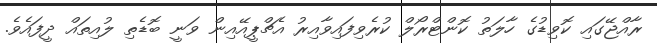
ރާއްޖޭގައި ކޮވިޑުގެ ހާލަތު ކޮންޓްރޯލް ކުރެވިފައިވާއިރު އެޗްޕީއޭއިން ވަނީ ބޮޑެތި ލުއިތައް ދީފައެވެ.